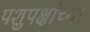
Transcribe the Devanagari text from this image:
पशुपक्षांच्या